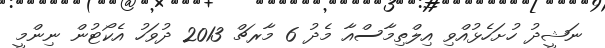
ނަޝީދު ހުށަހެޅުއްވި އިލްތިމާސްއާ މެދު 6 މާރޗް 2013 ދުވަހު އެކޯޓުން ނިންމީ